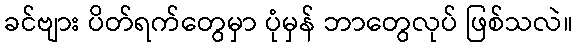
ခင်ဗျား ပိတ်ရက်တွေမှာ ပုံမှန် ဘာတွေလုပ် ဖြစ်သလဲ။